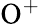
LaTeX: \mathrm{O^{+}}